65_HS1-834228961_62-HQ-83894_Section_10
Agency: FBI
Page 31
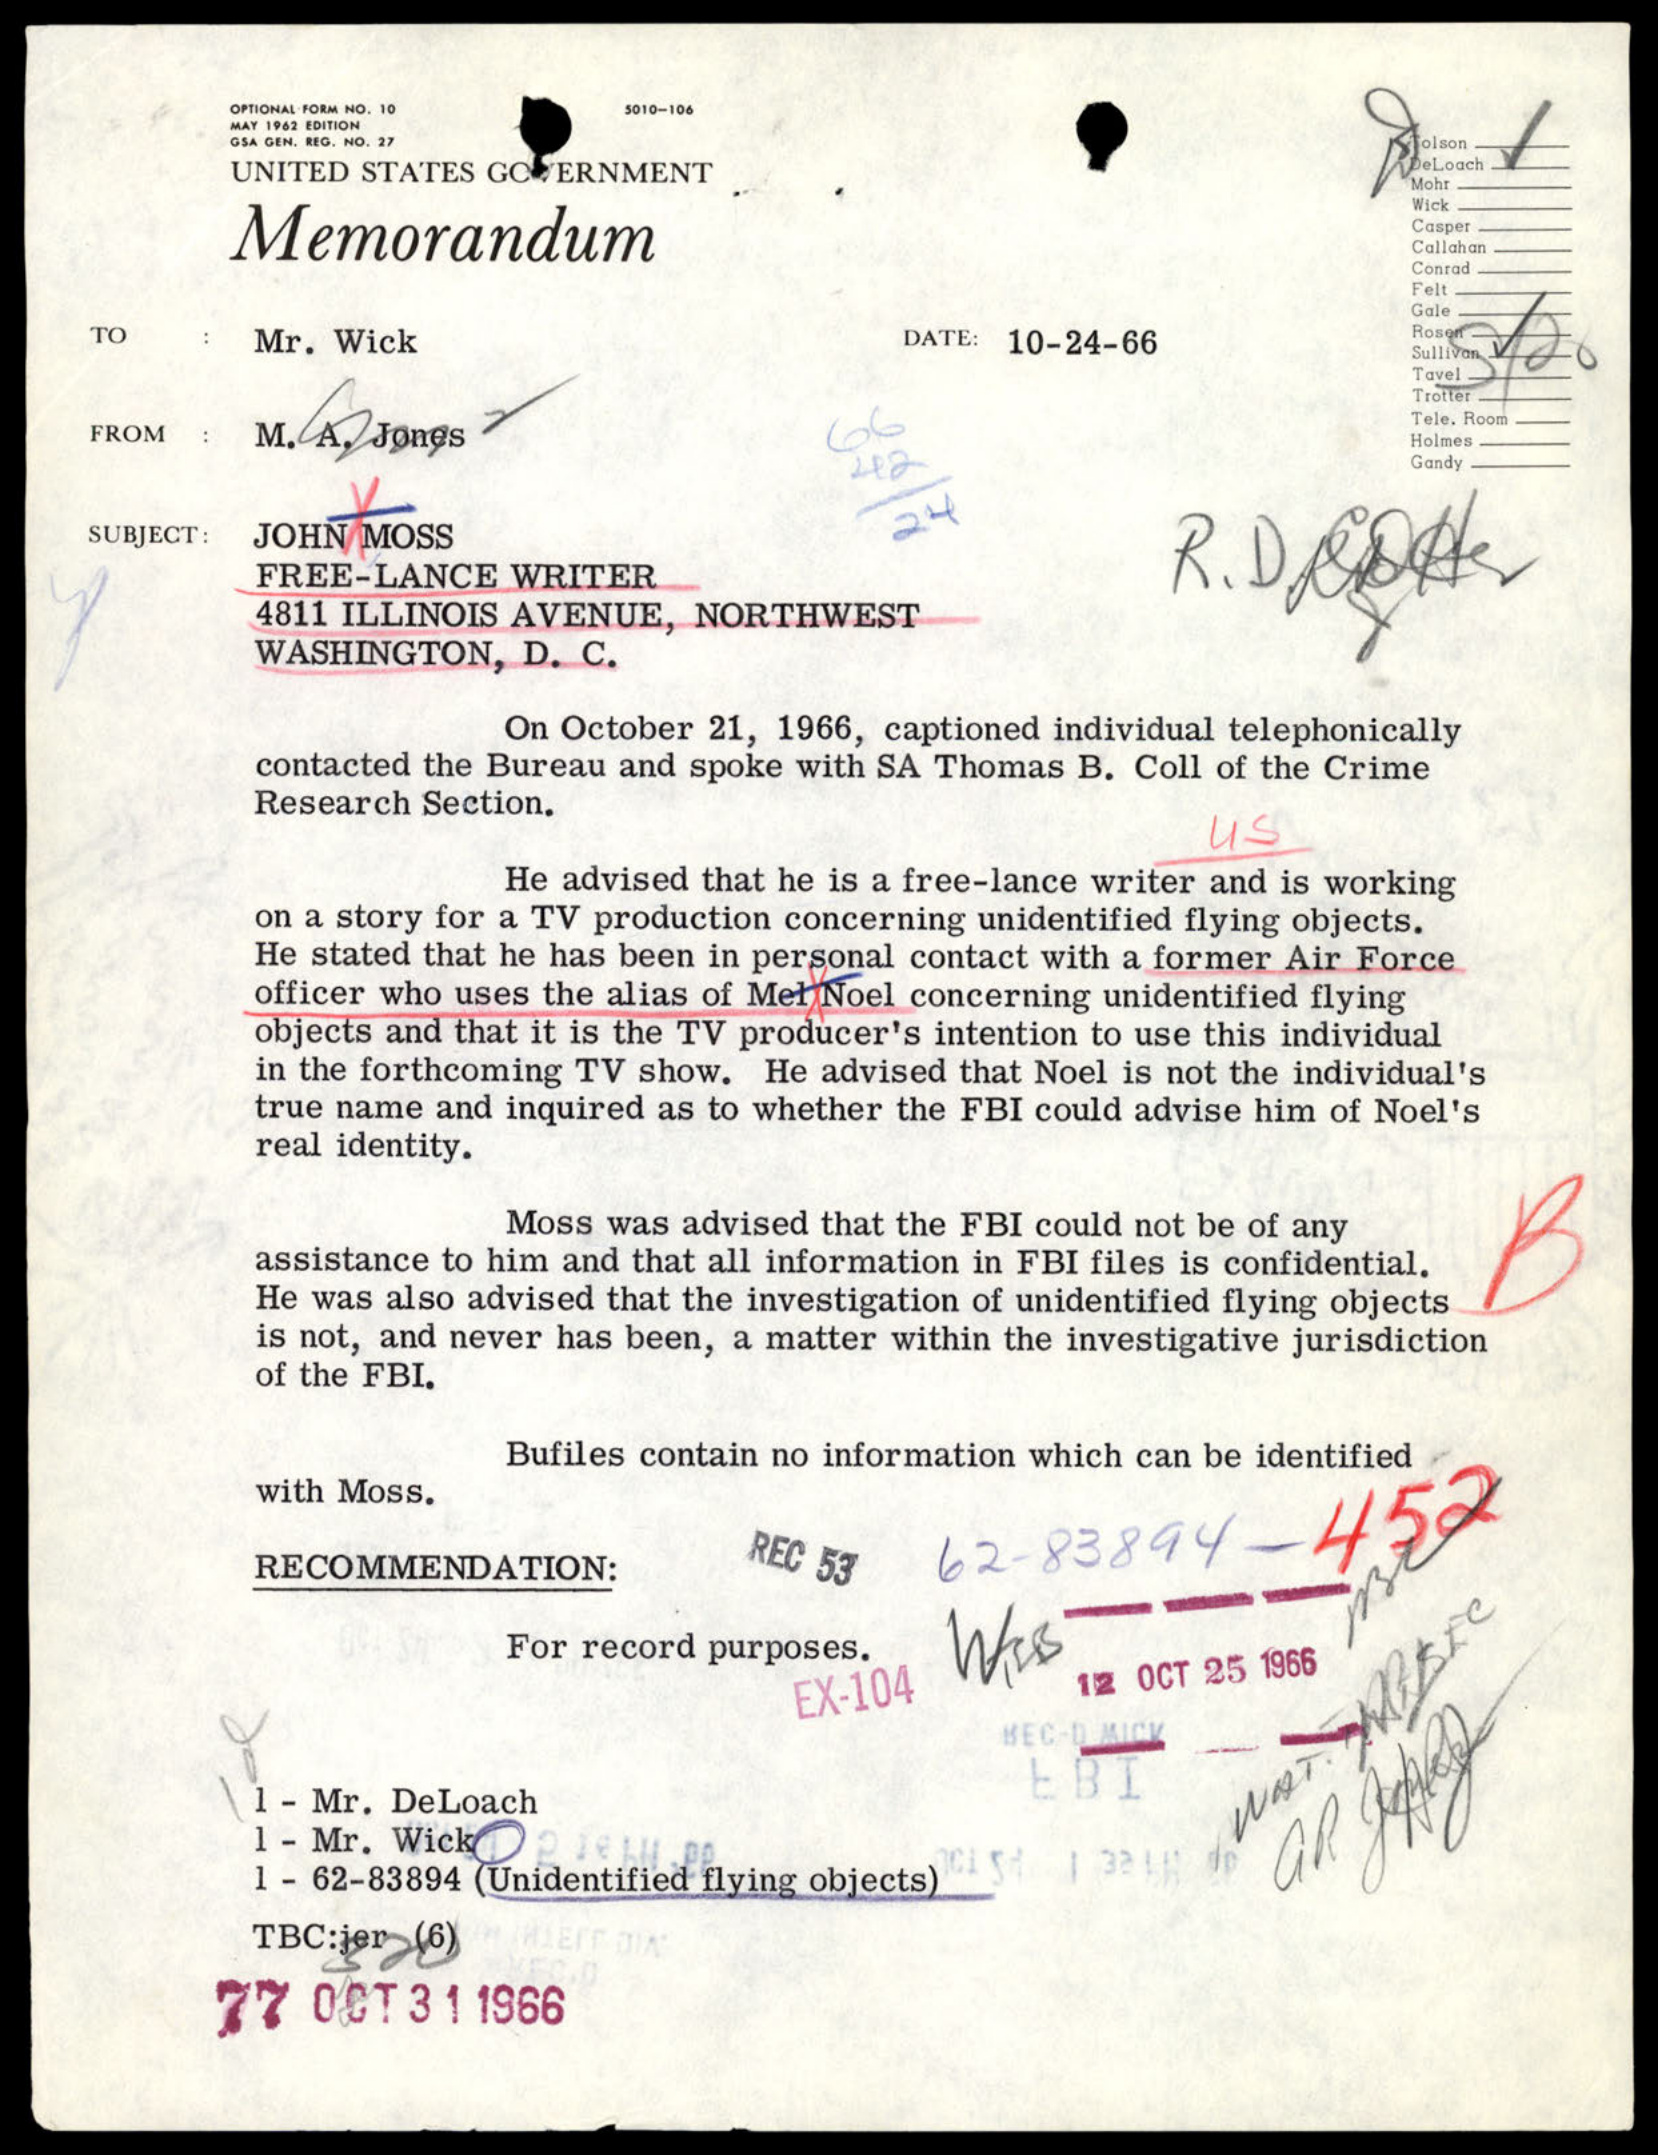